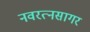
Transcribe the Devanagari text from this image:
नवरत्नसागर